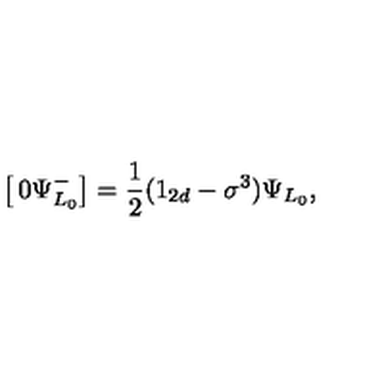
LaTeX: \left[ \begin{matrix} { 0 } \\ { \Psi _ { L _ { 0 } } ^ { - } } \\ \end{matrix} \right] = { \frac { 1 } { 2 } } ( 1 _ { 2 d } - \sigma ^ { 3 } ) \Psi _ { L _ { 0 } } ,